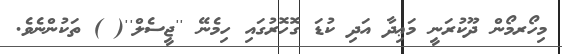
މިހޯރމޯން ދޫކުރަނީ މަޢިދާ އަދި ކުޑަ ގޮހޮރުގައި ހިމެނޭ ''ޖީސެލް''( ) ތަކުންނެވެ.